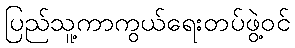
ပြည်သူ့ကာကွယ်ရေးတပ်ဖွဲ့ဝင်